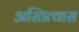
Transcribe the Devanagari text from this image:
अस्तित्वास